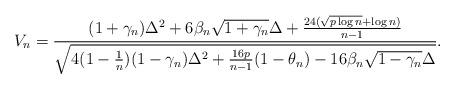
LaTeX: \begin{align*}V_n = {(1+\gamma_n) \Delta^2 + 6 \beta_n \sqrt{1+\gamma_n} \Delta + {24 (\sqrt{p \log{n}} + \log{n}) \over n-1} \over \sqrt{4(1-{1\over n}) (1-\gamma_n) \Delta^2 + {16p \over n-1} (1-\theta_n) - 16 \beta_n \sqrt{1-\gamma_n} \Delta} }.\end{align*}